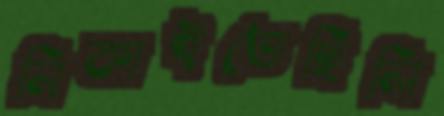
নিকাইতেছিলি